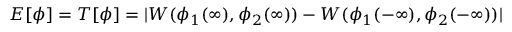
{ \cal E } [ \phi ] = T [ \phi ] = | W ( \phi _ { 1 } ( \infty ) , \phi _ { 2 } ( \infty ) ) - W ( \phi _ { 1 } ( - \infty ) , \phi _ { 2 } ( - \infty ) ) |